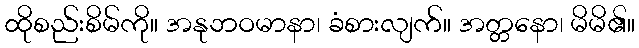
ထိုစည်းစိမ်ကို။ အနုဘဝမာနာ၊ ခံစားလျက်။ အတ္တနော၊ မိမိ၏။